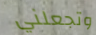
وتجعلني